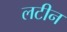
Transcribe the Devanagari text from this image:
लटीन